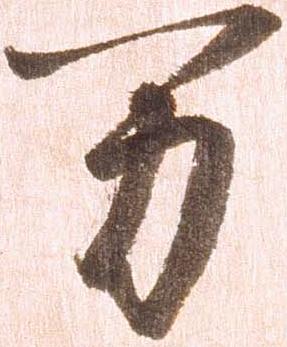
万